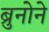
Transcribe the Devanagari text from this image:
ब्रुनोने